Medical and sanitary report of the native army of Bengal for the year
Year: 1877
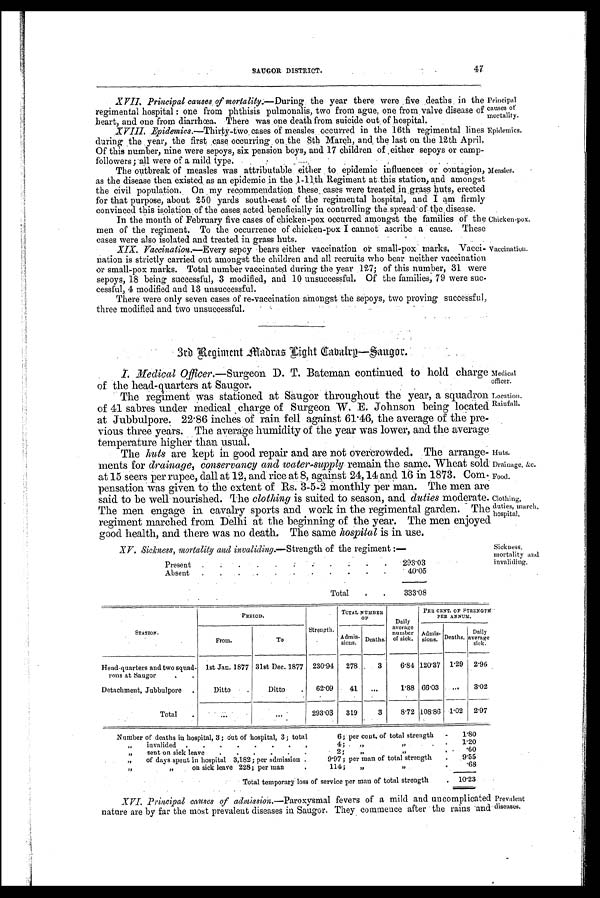
Principal
causes of
mortality.
Epidemics.
Chicken-pox.
Vaccination.
Medical
officer.
Location.
Rainfall.
Huts.
Drainage, &c.
Food.
Clothing,
duties, march,
hospital,
Sickness,
mortality and
invaliding.
SAUGOR DISTRICT.
47
XVII. Principal causes of mortality.— During the year there were five deaths in the
regimental hospital : one from phthisis pulmonalis, two from ague, one from valve disease of
heart, and one from diarrhœa. There was one death from suicide out of hospital.
XVIII. Epidemics.— Thirty-two cases of measles occurred in the 16th regimental lines
during the year, the first case occurring on the 8th March, and the last on the 12th April.
Of this number, nine were sepoys, six pension boys, and 17 children of either sepoys or camp-
followers ; all were of a mild type.
The outbreak of measles was attributable either to epidemic influences or contagion,
as the disease then existed as an epidemic in the 1-11th Regiment at this station, and amongst
the civil population. On my recommendation these cases were treated in grass huts, erected
for that purpose, about 250 yards south-east of the regimental hospital, and I am firmly
convinced this isolation of the cases acted beneficially in controlling the spread of the disease.
In the month of February five cases of chicken-pox occurred amongst the families of the
men of the regiment. To the occurrence of chicken-pox I cannot ascribe a cause. These
cases were also isolated and treated in grass huts.
XIX. Vaccination.—Every sepoy bears either vaccination or small-pox marks, Vacci-
nation is strictly carried out amongst the children and all recruits who bear neither vaccination
or small-pox marks. Total number vaccinated during the year 127; of this number, 31 were
sepoys, 18 being successful, 3 modified, and 10 unsuccessful. Of the families, 79 were suc-
cessful, 4 modified and 13 unsuccessful.
There were only seven cases of re-vaccination amongst the sepoys, two proving successful,
three modified and two unsuccessful.
Measles.
3rd Regiment Madras Light Cabalry—Saugor.
I. _Medical Officer.—Surgeon D. T. Bateman continued to hold charge
of the head-quarters at Saugor.
The regiment was stationed at Saugor throughout the year, a squadron
of 41 sabres under medical charge of Surgeon W. E. Johnson being located
at Jubbulpore. 22.86 inches of rain fell against 61.46, the average of the pre-
vious three years. The average humidity of the year was lower, and the average
temperature higher than usual.
The huts are kept in good repair and are not overcrowded. The arrange-
ments for drainage, conservancy and water-supply remain the same. Wheat sold
at 15 seers per rupee, dall at 12, and rice at 8, against 24,14 and 16 in 1873. Com-
pensation was given to the extent of Rs. 3-5-2 monthly per man. The men are
said to be well nourished. The clothing is suited to season, and duties moderate.
The men engage in cavalry sports and work in the regimental garden, The
regiment marched from Delhi at the beginning of the year. The men enjoyed
good health, and there was no death. The same hospital is in use.
XV. Sickness, mortality and invaliding.— Strength of the regiment :—
Present
. .
.
.
.
.
.
.
.
.
293.03
Absent
. .
.
.
.
.
.
.
.
.
.
40.05
Total
.
.
333.08
STATION.
PERIOD.
Strength.
TOTAL NUMBER
O F
Daily
average
number
of sick.
PER CENT. OF STRENGTH.
PER ANNUM.
From.
To
Admis-
sions.
Deaths.
Admis-
sions. Deaths.
Daily
average
sick.
Head quarters and two squad-
Pons at Saugor
1st Jan. 1877 31st Dec. 1877
230.94
278
3
6.84 120.37 1.29 2.96
Detachment, Jubbulpore
.
Ditto
Ditto
62.09
41
...
1.88 66.03
...
3.02
Total
.
293.03
319
3
8.72 108.86 1.02
2.97
Number of deaths in hospital, 3; out of hospital, 3; total
6; per cent. of total strength
.
1.80
"
invalided .
.
.
.
.
.
.
,
4; "
"
.
1.20
"
sent on sick leave
.
.
.
,
,
,
2;
"
"
.60
„
of days spent in hospital 3,182; per admission .
9.97; per man of total strength
.
9.55
"
"
on sick leave 228; per ma n
.
114 ;
"
"
.
. 6 8
Total temporary loss of service per man of total strength
. 10.23
XVI. Principal causes of admission.— Paroxysmal fevers of a mild and uncomplicated Prevalent
nature are by far the most prevalent diseases in Saugor. They commence after the rains and diseases.